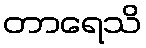
တာရေသိ